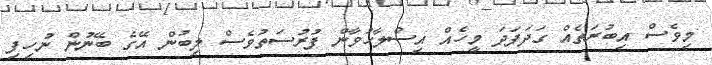
މިވެސް އިބުރަތެއް ގަދަފަދަ މީހެއް އިސްލާހުވާން ފުރުސަތުވެސް ލިބުން އޭގެ ބޭނުން ނުހިފި